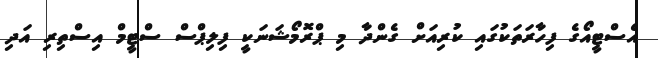
އެސްޓީއޯގެ ފިހާރަތަކުގައި ކުރިއަށް ގެންދާ މި ޕްރޮމޯޝަނަކީ ފިލިޕްސް ސްޓީމް އިސްތިރި އަދި